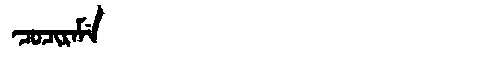
Manchu: ᠴᠣᠴᡳᡵᠠᠮᡝ
Romanization: COCIRAME